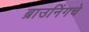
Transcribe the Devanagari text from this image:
ब्राउनिंगचे